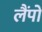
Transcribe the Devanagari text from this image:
लैंपो